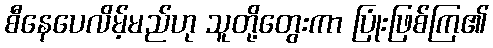
စီနေပေလိမ့်မည်ဟု သူတို့တွေးကာ ပြုံးဖြစ်ကြ၏